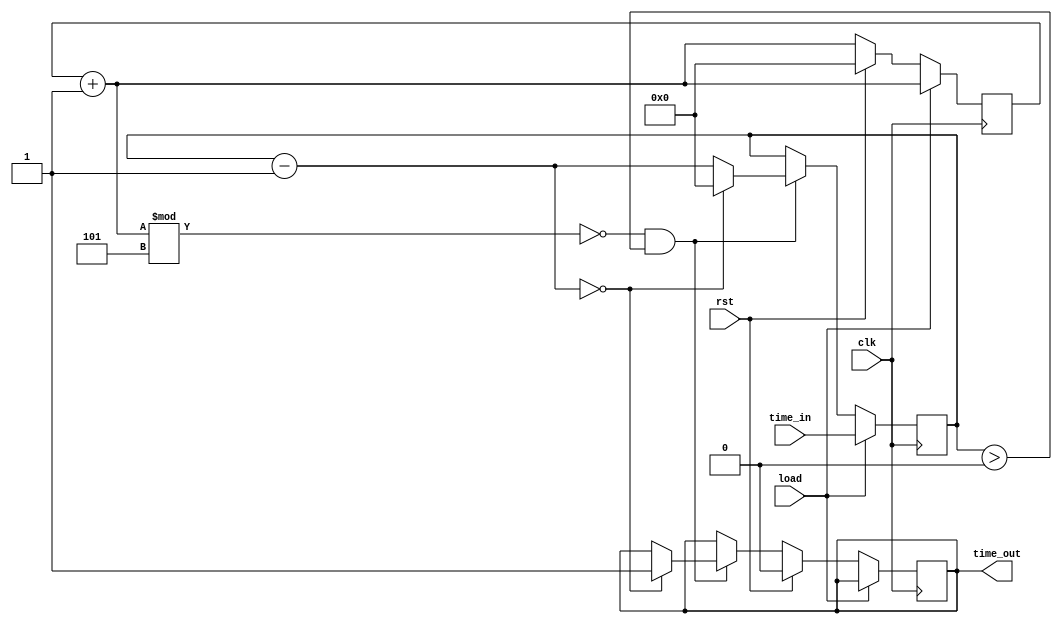
module timer_sec (
			input clk,rst,load,
			input [15:0] time_in,
			output reg time_out);

reg [15:0] count=16'd0;		//temp variable for counting
reg [15:0] sec=16'd0;		//for measuring seconds on 5hz clock
			
always@(posedge clk)
begin
	count=count+1;
		
	
	if (load)					//loading time value in seconds
		sec<=time_in;
	else 							//decrementing the seconds counter
	begin
		
		if (count%5==0 && sec>0)	//5hz clock to second
		begin
			sec=sec-1;
			if (sec==0)					//time up for the timer and output flag is raised and sec value is reset
			begin
				time_out=1;
				sec=16'd0;
			end
		end
		
		if (rst)							//timeout flag is reset when rst signal is applied
		begin
			time_out<=1'b0;
			count<=16'd0;
		end	
	end

end
endmodule